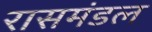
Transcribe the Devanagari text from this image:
रासमंडल